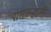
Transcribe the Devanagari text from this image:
रामकहानी